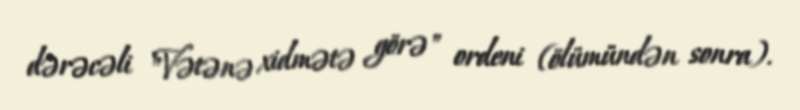
dərəcəli "Vətənə xidmətə görə" ordeni (ölümündən sonra).